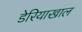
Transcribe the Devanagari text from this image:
डेरियाखाल